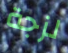
لزجة